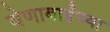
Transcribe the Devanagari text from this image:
वेणाबाईंच्या